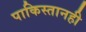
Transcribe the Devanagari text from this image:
पाकिस्तानही